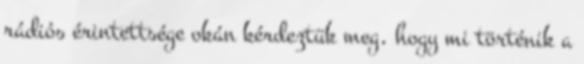
rádiós érintettsége okán kérdeztük meg, hogy mi történik a